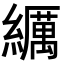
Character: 𦆨